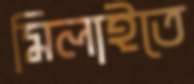
মিলাইতে